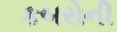
કબરોની